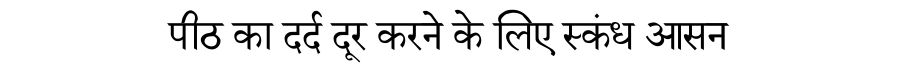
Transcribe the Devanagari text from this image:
पीठ का दर्द दूर करने के लिए स्कंध आसन